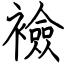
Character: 襝